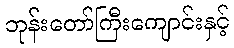
ဘုန်းတော်ကြီးကျောင်းနှင့်